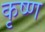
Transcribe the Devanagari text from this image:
कृष्‍ण्‍ा